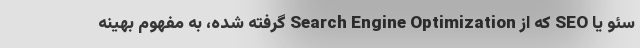
سئو یا SEO که از Search Engine Optimization گرفته شده، به مفهوم بهینه